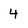
Character: 4